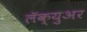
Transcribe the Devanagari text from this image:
लॅक्युअर